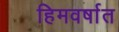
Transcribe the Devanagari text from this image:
हिमवर्षात